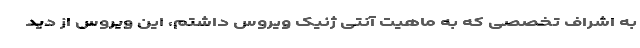
به اشراف تخصصی که به ماهیت آنتی ژنیک ویروس داشتم، این ویروس از دید